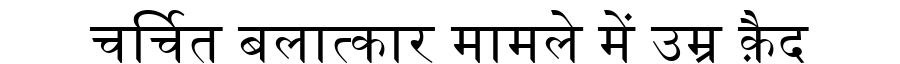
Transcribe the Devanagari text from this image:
चर्चित बलात्कार मामले में उम्र क़ैद